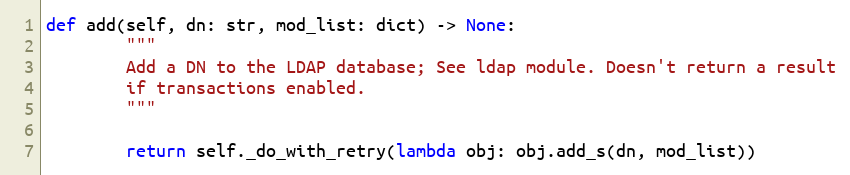
Language: Python
def add(self, dn: str, mod_list: dict) -> None:
        """
        Add a DN to the LDAP database; See ldap module. Doesn't return a result
        if transactions enabled.
        """

        return self._do_with_retry(lambda obj: obj.add_s(dn, mod_list))